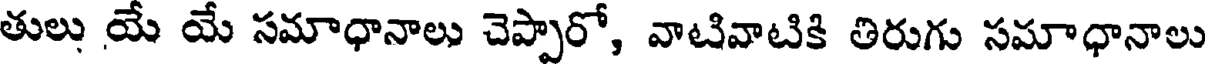
తులు యే యే సమాధానాలు చెప్పారో, వాటివాటికి తిరుగు సమాధానాలు